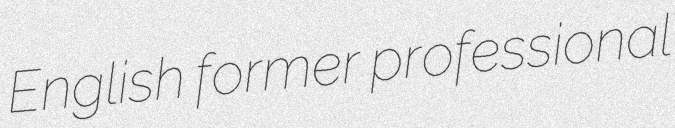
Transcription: English former professional